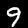
Label: 9